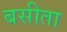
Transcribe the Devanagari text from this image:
बसीता